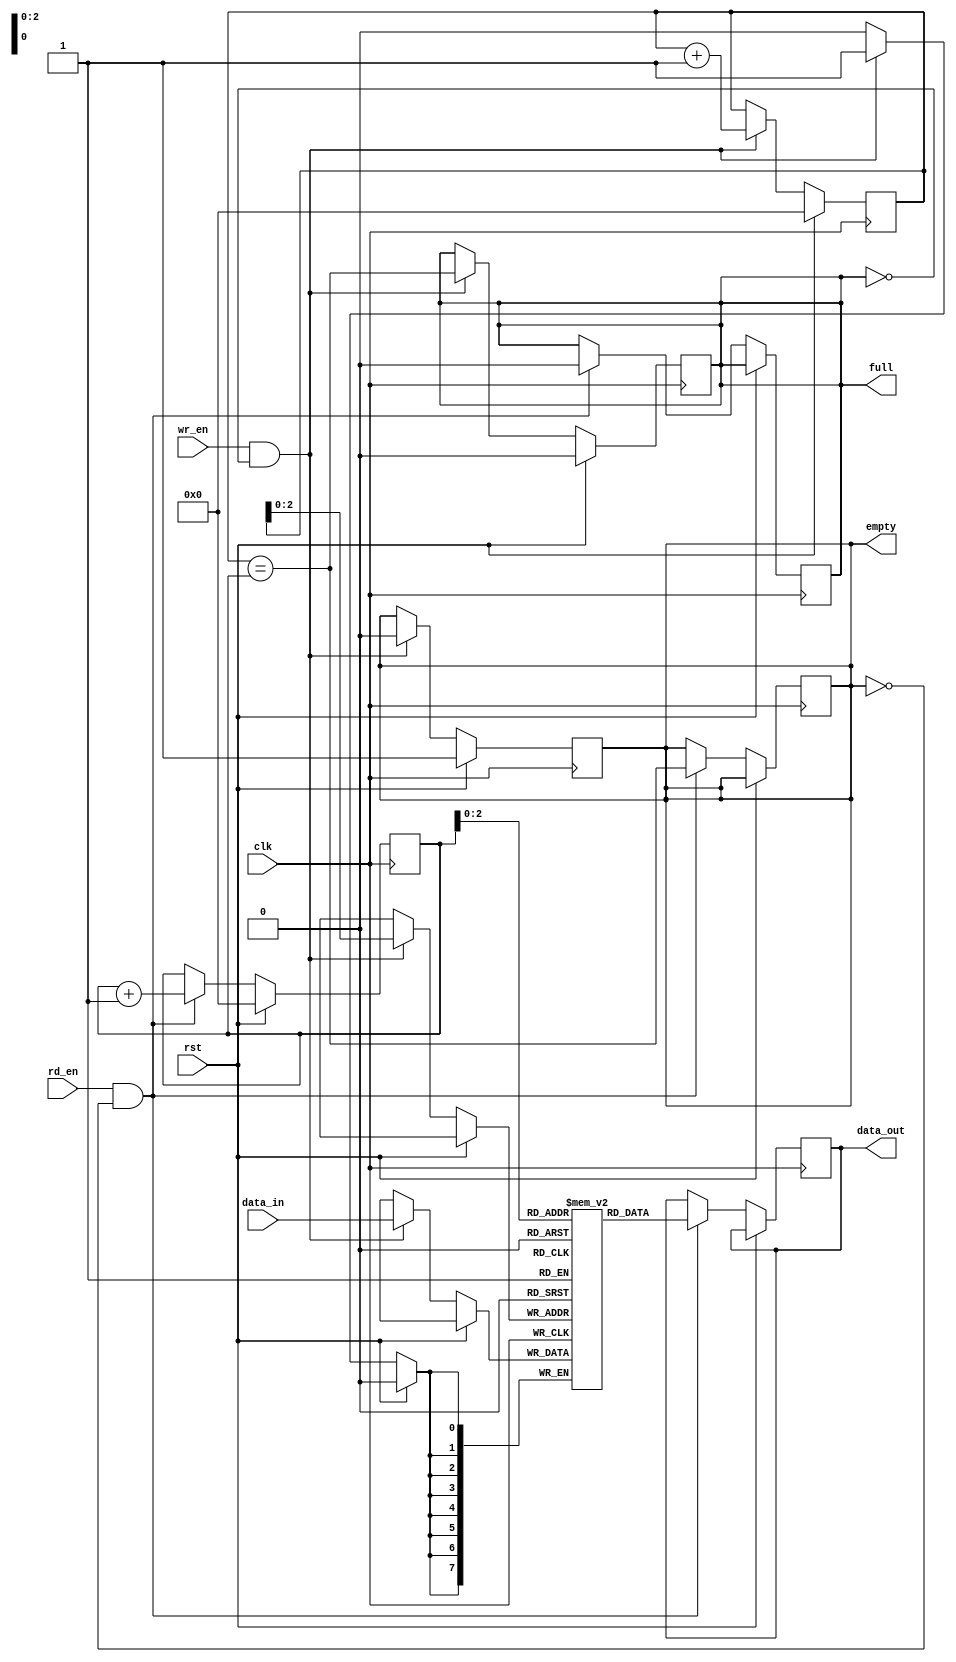
module fifo(
    input wire clk,
    input wire rst,
    input wire wr_en,
    input wire rd_en,
    input wire [DATA_WIDTH-1:0] data_in,
    output reg [DATA_WIDTH-1:0] data_out,
    output wire empty,
    output wire full
);

parameter DEPTH = 8;
parameter DATA_WIDTH = 8;

reg [DATA_WIDTH-1:0] memory [DEPTH-1:0];
reg [DEPTH-1:0] write_pointer;
reg [DEPTH-1:0] read_pointer;

reg full_flag;
reg empty_flag;

// Write operation
always @(posedge clk) begin
    if (rst) begin
        write_pointer <= 0;
        full_flag <= 0;
        empty_flag <= 1;
    end else begin
        if (wr_en && !full_flag) begin
            memory[write_pointer] <= data_in;
            write_pointer <= write_pointer + 1;
            full_flag <= (write_pointer == read_pointer);
            empty_flag <= 0;
        end
    end
end

// Read operation
always @(posedge clk) begin
    if (rst) begin
        read_pointer <= 0;
    end else begin
        if (rd_en && !empty_flag) begin
            data_out <= memory[read_pointer];
            read_pointer <= read_pointer + 1;
            empty_flag <= (write_pointer == read_pointer);
            full_flag <= 0;
        end
    end
end

// Full and empty flag logic
assign full = full_flag;
assign empty = empty_flag;

endmodule